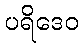
ပရိဒေဝ